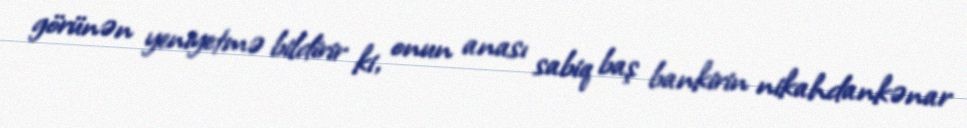
görünən yeniyetmə bildirir ki, onun anası sabiq baş bankirin nikahdankənar